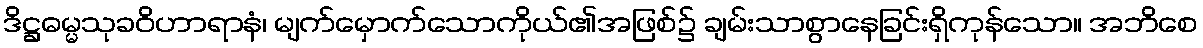
ဒိဋ္ဌဓမ္မသုခဝိဟာရာနံ၊ မျက်မှောက်သောကိုယ်၏အဖြစ်၌ ချမ်းသာစွာနေခြင်းရှိကုန်သော။ အဘိစေ